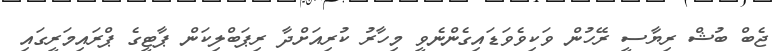
ޖެބް ބުޝް ރިޔާސީ ރޭހުން ވަކިވެވަޑައިގެންނެވީ މިހާރު ކުރިއަށްދާ ރިޕަބްލިކަން ޕާޓީގެ ޕްރައިމަރީގައި